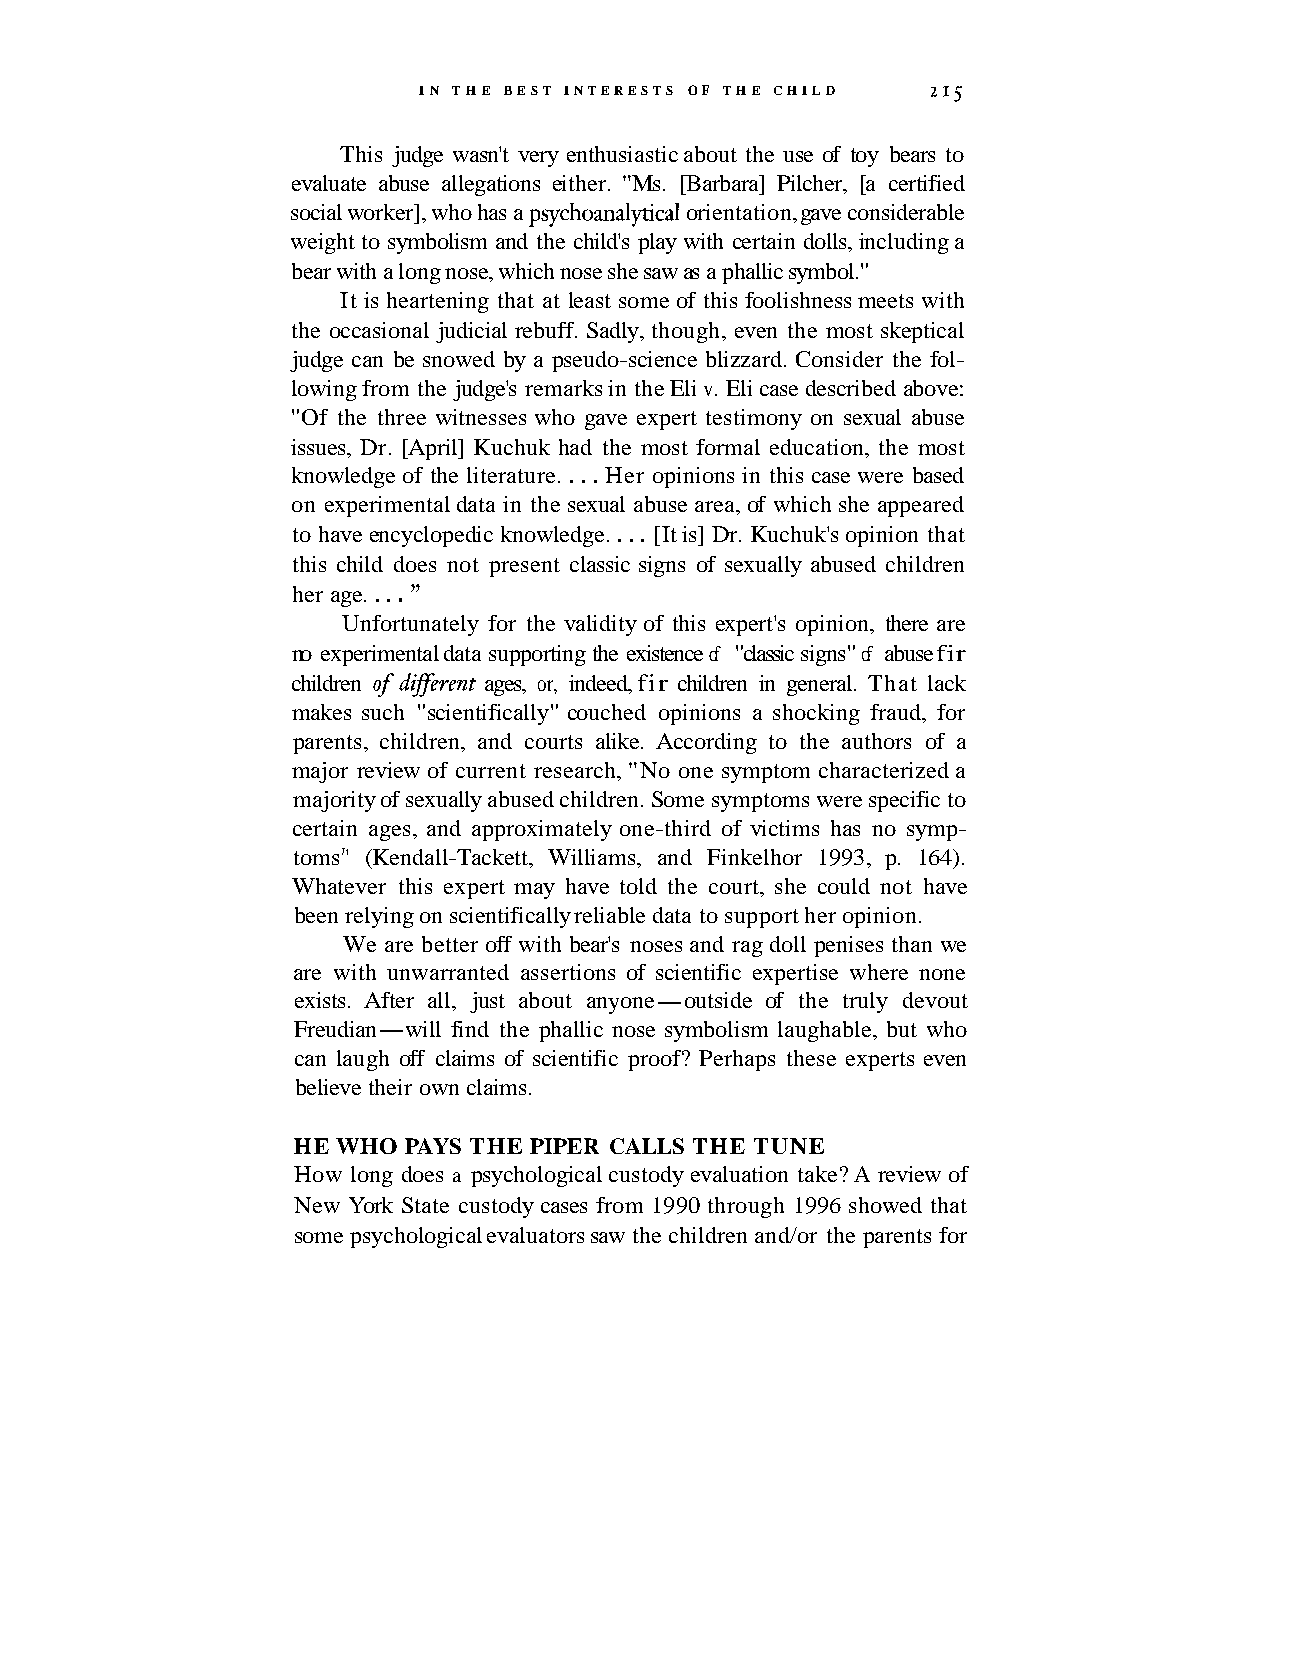
I N THE BEST INTERESTS OF THE CHILD 215
 This judge wasn't very enthusiastic about the use of toy bears to
 evaluate abuse allegations either. "Ms. [Barbara] Pilcher, [a certified
 social worker], who has a psychoanalyacal orientation, gave considerable
 weight to symbolism and the child's play with certain dolls, including a
 bear with a long nose, which nose she saw as a phallic symbol."
 It is heartening that at least some of this foolishness meets with
 the occasional judicial rebuff. Sadly, though, even the most skeptical
 judge can be snowed by a pseudo-science blizzard. Consider the fol-
 lowing from the judge's remarks in the Eli v. Eli case described above:
 "Of the three witnesses who gave expert testimony on sexual abuse
 issues, Dr. [April] Kuchuk had the most formal education, the most
 knowledge of the literature. . . . Her opinions in this case were based
 on experimental data in the sexual abuse area, of which she appeared
 to have encyclopedic knowledge. . . . [It is] Dr. Kuchuk's opinion that
 this child does not present classic signs of sexually abused children
 her age. . . . "
 Unfortunately for the validity of this expert's opinion, there are
 no experimental data supporting the existence of "classic signs" of abuse fir
 of
 children dzfferent ages, or, indeed, fir children in general. That lack
 makes such "scientifically" couched opinions a shocking fraud, for
 parents, children, and courts alike. According to the authors of a
 major review of current research, "No one symptom characterized a
 majority of sexually abused children. Some symptoms were specific to
 certain ages, and approximately one-third of victims has no symp-
 toms7' (Kendall-Tackett, Williams, and Finkelhor 1993, p. 164).
 Whatever this expert may have told the court, she could not have
 been relying on scientifically reliable data to support her opinion.
 We are better off with bear's noses and rag doll penises than we
 are with unwarranted assertions of scientific expertise where none
 exists. After all, just about anyone-outside of the truly devout
 Freudian-will find the phallic nose symbolism laughable, but who
 can laugh off claims of scientific proof? Perhaps these experts even
 believe their own claims.
 HE WHO  PAYS THE PIPER CALLS THE TUNE
 How long does a psychological custody evaluation take? A review of
 New York State custody cases from 1990 through 1996 showed that
 some psychological evaluators saw the children and/or the parents for